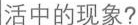
活中的现象?